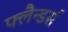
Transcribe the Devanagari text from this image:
फ्लैन्डर्स